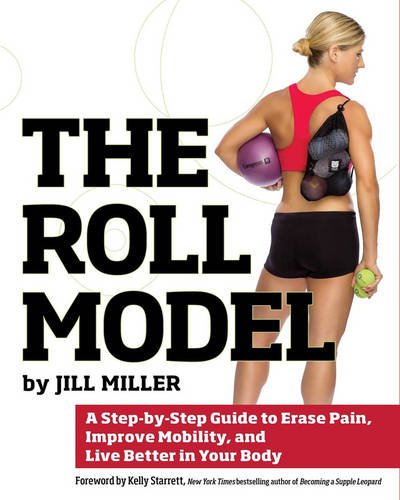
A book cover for The Roll Model: A Step-by-Step Guide to Erase Pain, Improve Mobility, and Live Better in Your Body; Jill Miller; Health, Fitness & Dieting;